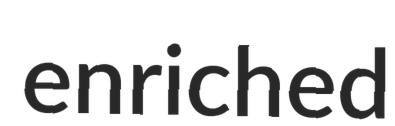
enriched